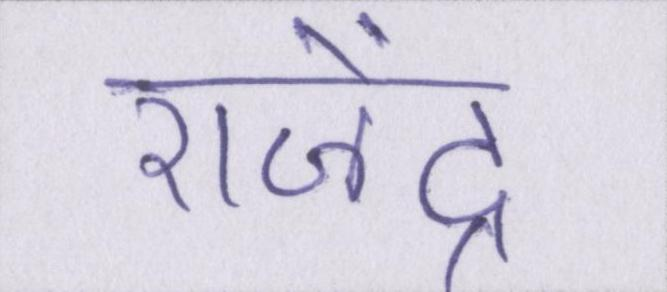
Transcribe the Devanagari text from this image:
राजेंद्र